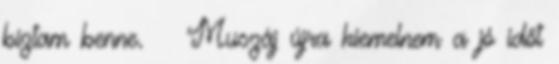
bíztam benne. ② Muszáj újra kiemelnem a jó időt